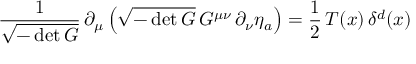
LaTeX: \frac { 1 } { \sqrt { - \operatorname * { d e t } G } } \, \partial _ { \mu } \left( \sqrt { - \operatorname * { d e t } G } \, G ^ { \mu \nu } \, \partial _ { \nu } \eta _ { a } \right) = \frac { 1 } { 2 } \, T ( x ) \, \delta ^ { d } ( x )